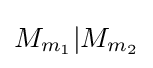
M_{m_{1}}|M_{m_{2}}